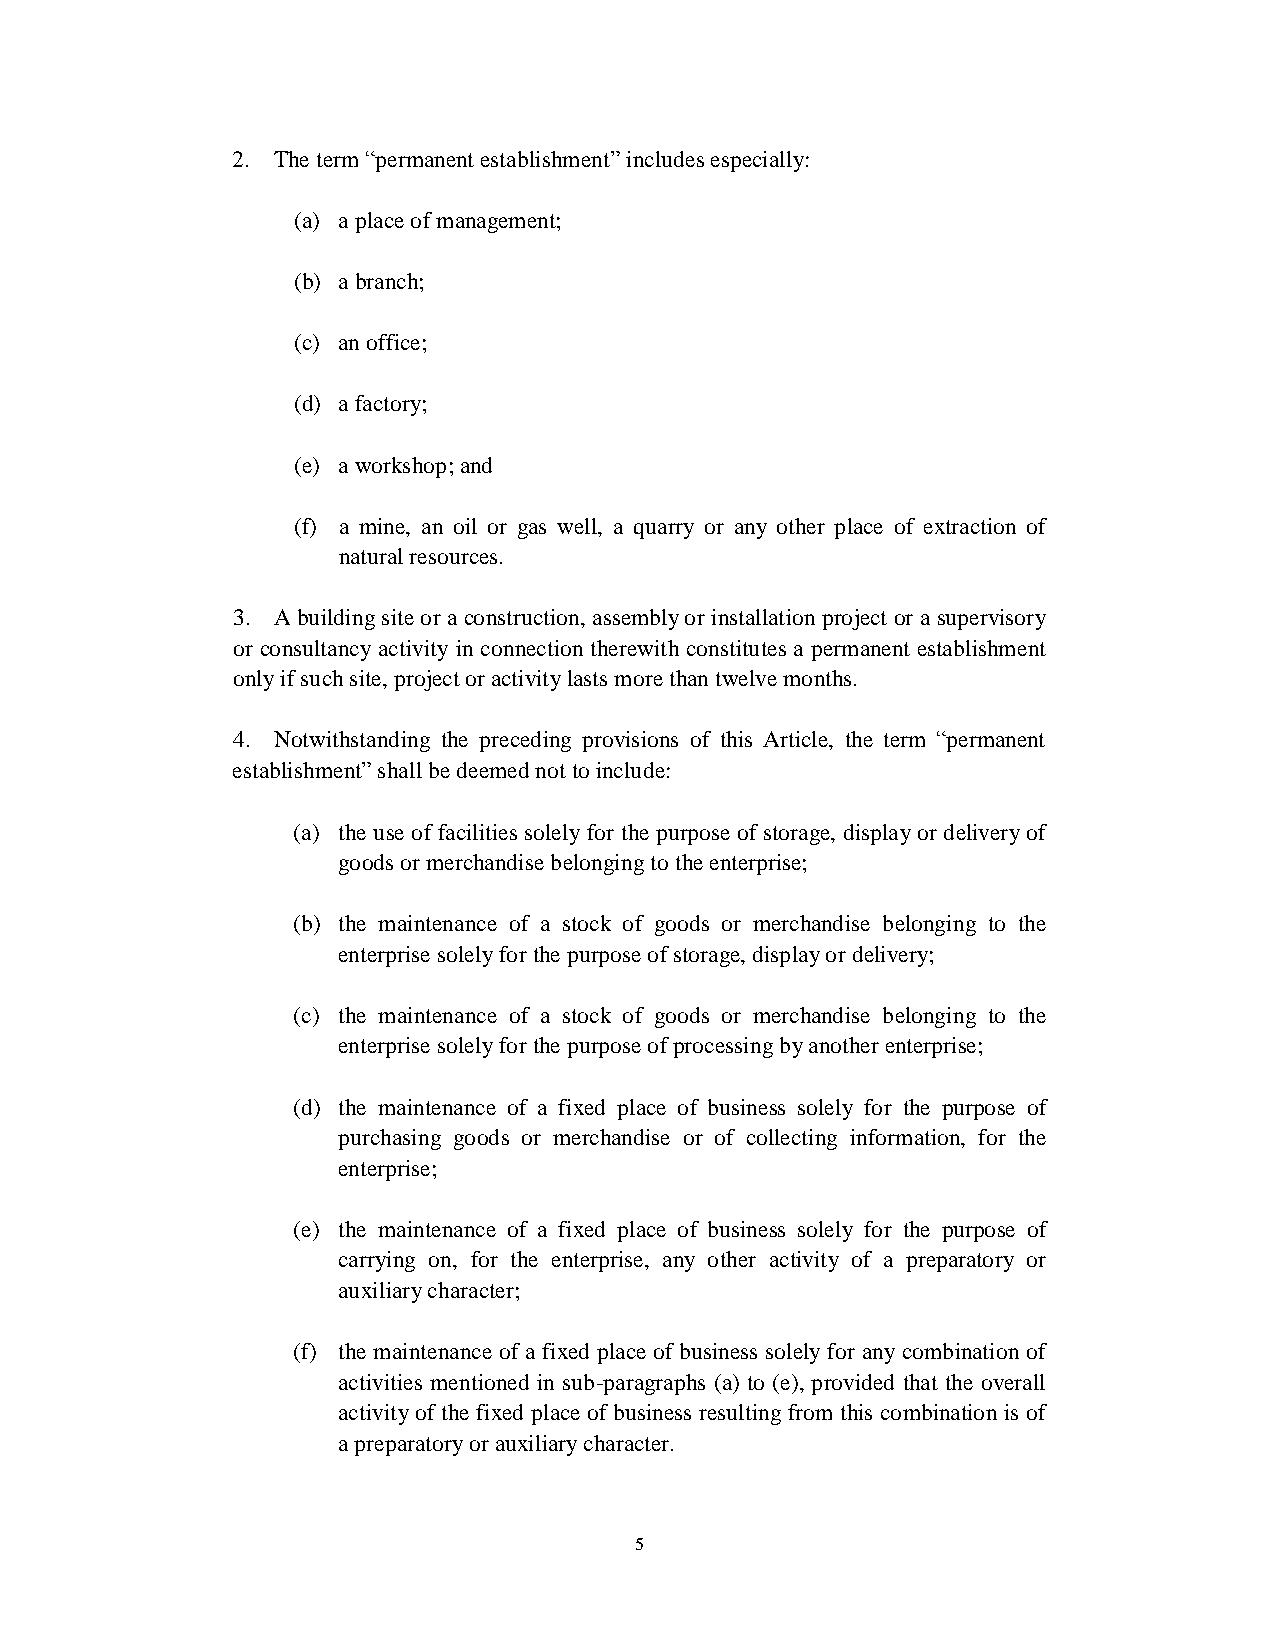
2. The term “permanent establishment” includes especially:
 (a) a place of management;
 (b) a branch;
 (c) an office;
 (d) a factory;
 (e) a workshop; and
 (f) a mine, an oil or gas well, a quarry or any other place of extraction of
 natural resources.
 3. A building site or a construction, assembly or installation project or a supervisory
 or consultancy activity in connection therewith constitutes a permanent establishment
 only if such site, project or activity lasts more than twelve months.
 4. Notwithstanding the preceding provisions of this Article, the term “permanent
 establishment” shall be deemed not to include:
 (a) the use of facilities solely for the purpose of storage, display or delivery of
 goods or merchandise belonging to the enterprise;
 (b) the maintenance of a stock of goods or merchandise belonging to the
 enterprise solely for the purpose of storage, display or delivery;
 (c) the maintenance of a stock of goods or merchandise belonging to the
 enterprise solely for the purpose of processing by another enterprise;
 (d) the maintenance of a fixed place of business solely for the purpose of
 purchasing goods or merchandise or of collecting information, for the
 enterprise;
 (e) the maintenance of a fixed place of business solely for the purpose of
 carrying on, for the enterprise, any other activity of a preparatory or
 auxiliary character;
 (f) the maintenance of a fixed place of business solely for any combination of
 activities mentioned in sub-paragraphs (a) to (e), provided that the overall
 activity of the fixed place of business resulting from this combination is of
 a preparatory or auxiliary character.
 5